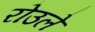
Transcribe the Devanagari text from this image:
रोउले